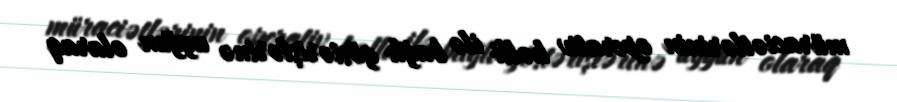
müraciətlərinin operativ həlli ilə bağlı göstərişlərinə uyğun olaraq